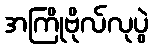
အကြိုဗိုလ်လုပွဲ